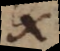
X